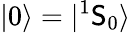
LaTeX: |0\rangle=|^{1}\mathsf{S}_{0}\rangle